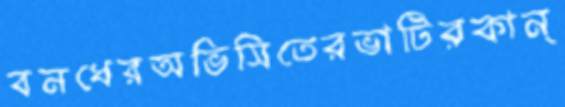
বনধেরঅভিসিতেরভাটিরকান্